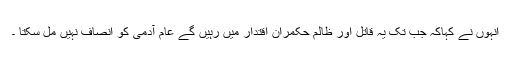
انہوں نے کہاکہ جب تک یہ قاتل اور ظالم حکمران اقتدار میں رہیں گے عام آدمی کو انصاف نہیں مل سکتا ۔